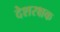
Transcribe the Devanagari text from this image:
देशरक्षक